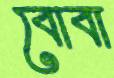
বোবা